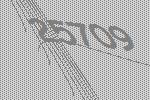
25709